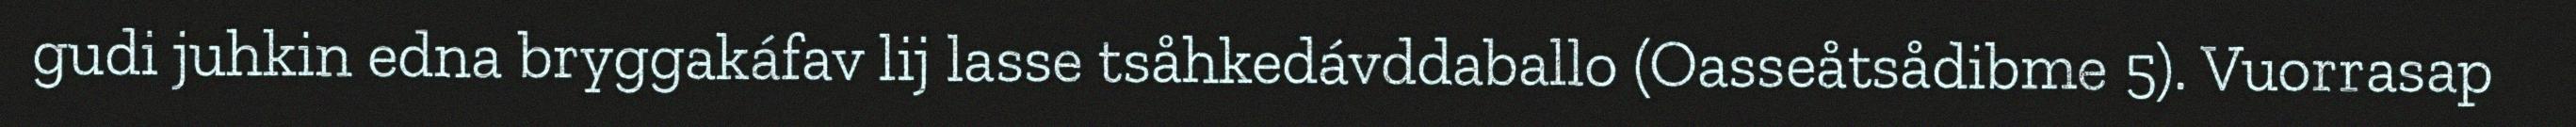
gudi juhkin edna bryggakáfav lij lasse tsåhkedávddaballo (Oasseåtsådibme 5). Vuorrasap